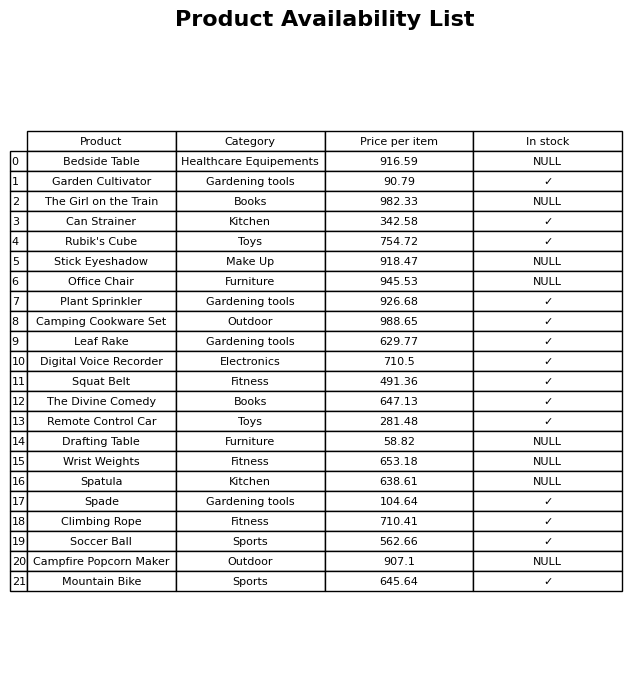
question: What is the price of the Rubik's Cube?
answer: The price of Rubik's Cube is 754.72.